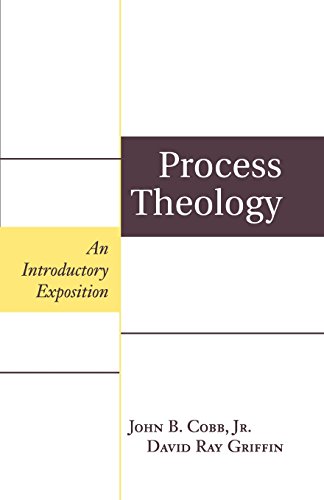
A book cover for Process Theology: An Introductory Exposition; John B. Cobb Jr.; Christian Books & Bibles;